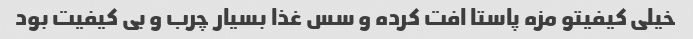
خیلی کیفیتو مزه پاستا افت کرده و سس غذا بسیار چرب و بی کیفیت بود